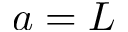
a = L